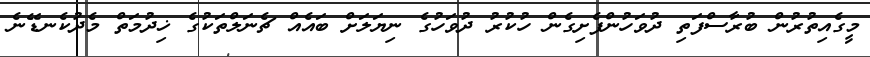
މީގެއިތުރުން ބުރާސްފަތި ދުވަހުންފެށިގެން ހުކުރު ދުވަހުގެ ނިޔަލަށް ބައެއް ޗެނަލްތަކުގެ ޚިދުމަތް މެދުކެނޑޭނެ